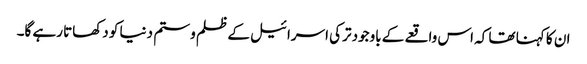
ان کا کہنا تھا کہ اس واقعے کے باوجود ترکی اسرائیل کے ظلم و ستم دنیا کو دکھاتا رہے گا۔